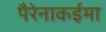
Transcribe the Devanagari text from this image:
पैरेनाकईमा